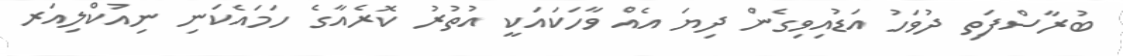
ބުރާސްފަތި ދުވަހު އަޑުއިވިގެން ދިޔަ އެއް ވާހަކައަކީ އުތުރުު ކޮރެއާގެ ހަމައެކަނި ނިއުކްލިއަރ